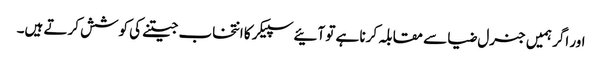
اور اگر ہمیں جنرل ضیا سے مقابلہ کرنا ہے تو آئیے سپیکر کا انتخاب جیتنے کی کوشش کرتے ہیں۔